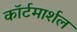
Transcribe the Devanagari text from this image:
काॅर्टमार्शल